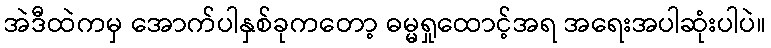
အဲဒီထဲကမှ အောက်ပါနှစ်ခုကတော့ ဓမ္မရှုထောင့်အရ အရေးအပါဆုံးပါပဲ။